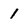
Character: 1